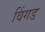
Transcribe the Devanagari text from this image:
विंगड